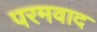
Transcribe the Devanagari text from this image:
परमवाद